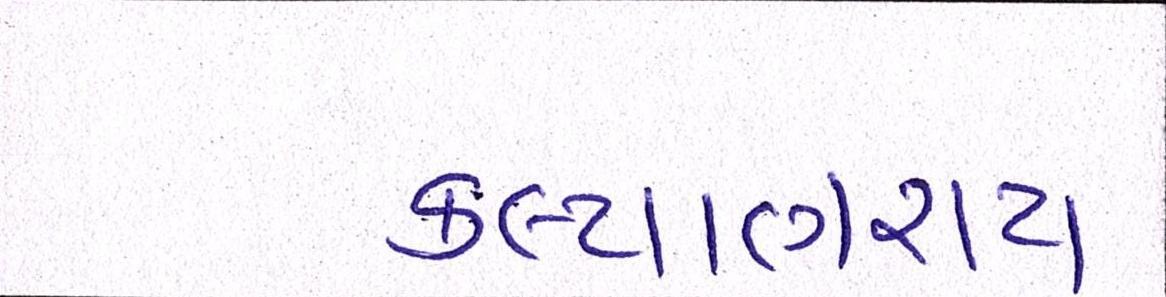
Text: કલ્યાણરાય